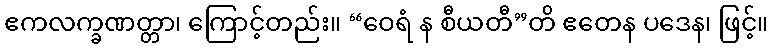
ဧကလက္ခဏတ္တာ၊ ကြောင့်တည်း။ “ဝေရံ န စီယတီ”တိ ဧတေန ပဒေန၊ ဖြင့်။